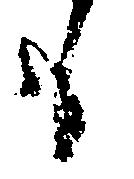
も